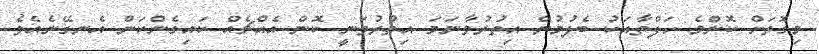
މިގޮތަަށް ކޮންމެ ހަފްތާއަކު ބެލުމުން އިތުރުވާނަމަ އިތުރުވަނީ ކޮން އެއްޗެއް ކައިގެންކަން އެނގޭނެއެވެ.